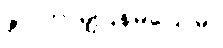
ဇင် ဘာမျှပြန်မပြောမိ။